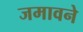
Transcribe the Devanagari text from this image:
जमावने